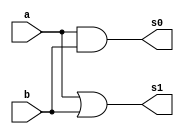
// -------------------------
// Exemplo_0601 - GATES
// Nome: Maria Carolina Resende Jaudacy
// -------------------------
// gates
// -------------------------
module gates (input a, input b, output s0, output s1);
// descrever por portas
 and AND1 (s0, a, b);
 or OR1 (s1 , a, b);
endmodule // gates
module test_main;
// ------------------------- definir dados
 reg a;
 reg b;
 wire s0;
 wire s1;
 
 gates GATES (a, b, s0, s1);
// ------------------------- parte principal
 initial
 begin : main
 $display("Exemplo_0601 - Maria Carolina Resende Jaudacy - 667477");
 $display("Test LU's module");
 $display(" a b s0(AND) s1(OR)");

 // projetar testes do modulo
 $monitor("%4b %4b %4b %4b", a, b, s0, s1);
 a = 1'b0; b = 1'b0;
 #1 a = 1'b0; b = 1'b1;
 #1 a = 1'b1; b = 1'b0;
 #1 a = 1'b1; b = 1'b1;
 end
endmodule // test_main